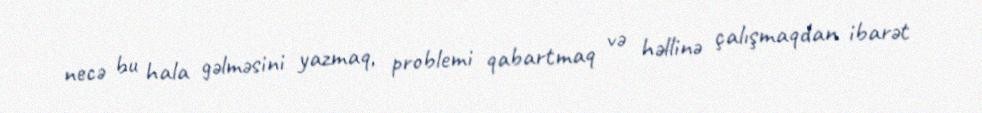
necə bu hala gəlməsini yazmaq, problemi qabartmaq və həllinə çalışmaqdan ibarət